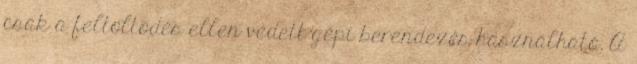
csak a feltöltõdés ellen védett gépi berendezés használható. A